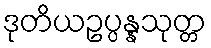
ဒုတိယဥပ္ပန္နသုတ္တ